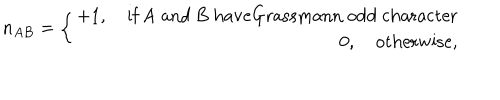
LaTeX: n _ { A B } = \left\{ \begin{array} { r l } { { + 1 , \quad \mathrm { i f ~ A ~ a n d ~ B ~ h a v e G r a s s m a n n ~ o d d ~ c h a r a c t e r } } } \\ { { 0 , \quad \mathrm { o t h e r w i s e , } } } \\ \end{array} \right.